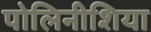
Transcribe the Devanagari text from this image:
पोलिनीशिया